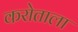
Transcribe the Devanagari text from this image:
करोताला